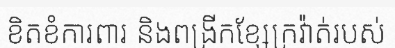
ខិតខំការពារ និងពង្រីកខ្សែក្រវ៉ាត់របស់